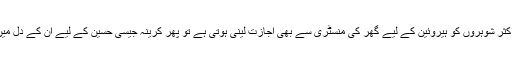
ویسے بتا دیں کہ اکثر شوہروں کو ہیروئین کے لیے گھر کی منسٹری سے بھی اجازت لینی ہوتی ہے تو پھر کرینہ جیسی حسین کے لیے ان کے دل میں نرم گوشہ کیوں؟